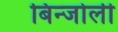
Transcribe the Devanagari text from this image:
बिन्जोली